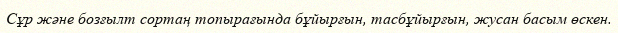
Сұр және бозғылт сортаң топырағында бұйырғын, тасбұйырғын, жусан басым өскен.